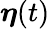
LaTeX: {\boldsymbol{\eta}}(t)